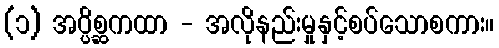
(၁) အပ္ပိစ္ဆကထာ - အလိုနည်းမှုနှင့်စပ်သောစကား။